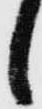
し